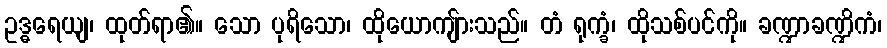
ဥဒ္ဓရေယျ၊ ထုတ်ရာ၏။ သော ပုရိသော၊ ထိုယောကျ်ားသည်။ တံ ရုက္ခံ၊ ထိုသစ်ပင်ကို။ ခဏ္ဍာခဏ္ဍိကံ၊